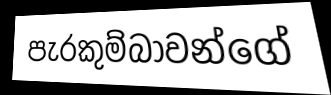
පැරකුම්බාවන්ගේ